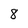
Character: 8